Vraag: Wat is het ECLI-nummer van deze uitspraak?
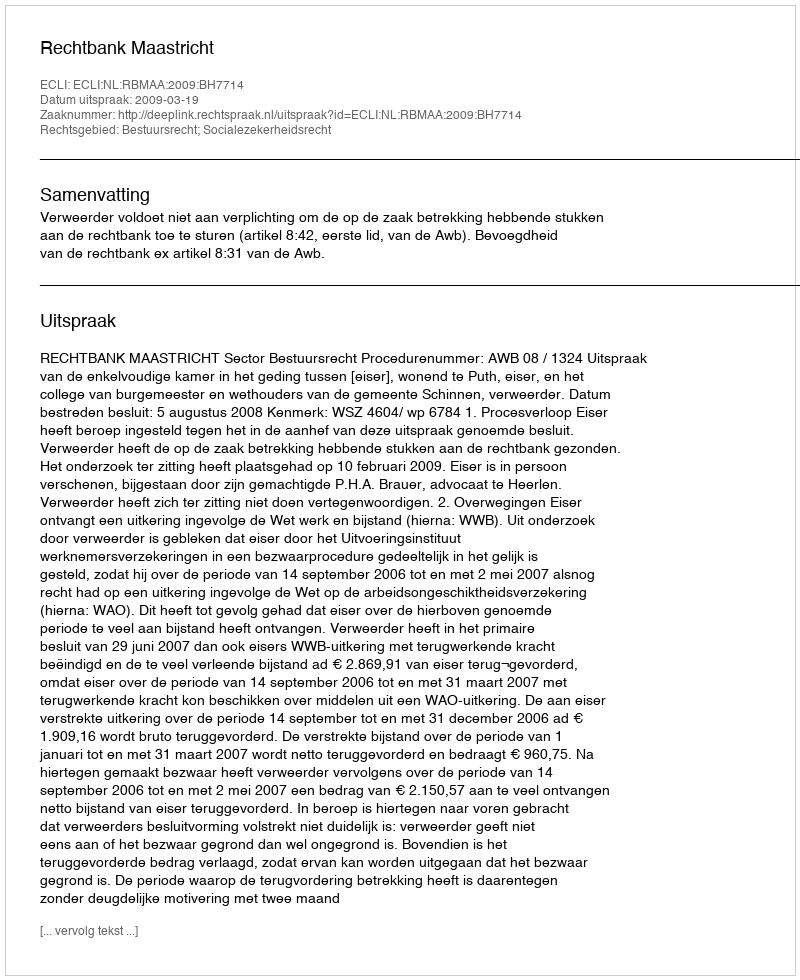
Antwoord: ECLI:NL:RBMAA:2009:BH7714